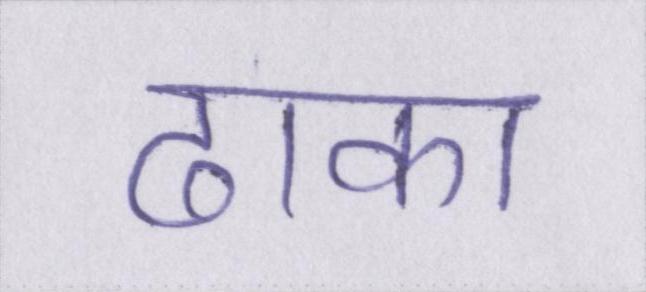
ढाका